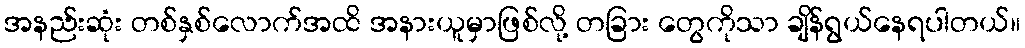
အနည်းဆုံး တစ်နှစ်လောက်အထိ အနားယူမှာဖြစ်လို့ တခြား တွေကိုသာ ချိန်ရွယ်နေရပါတယ်။